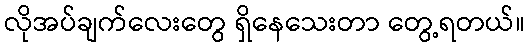
လိုအပ်ချက်လေးတွေ ရှိနေသေးတာ တွေ့ရတယ်။